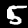
Digit: 5